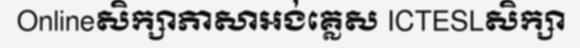
Onlineសិក្សាភាសាអង់គ្លេស ICTESLសិក្សា